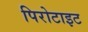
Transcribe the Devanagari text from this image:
पिरोटाइट